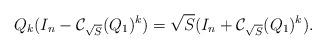
LaTeX: \begin{align*}{Q}_k(I_n-\mathcal{C}_{\sqrt{S}}({Q}_1)^{k}) =\sqrt{S} (I_n +\mathcal{C}_{\sqrt{S}}({Q}_1)^{k}).\end{align*}